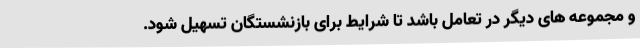
و مجموعه های دیگر در تعامل باشد تا شرایط برای بازنشستگان تسهیل شود.